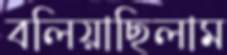
বলিয়াছিলাম